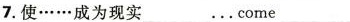
7.使······成为现实___···come___